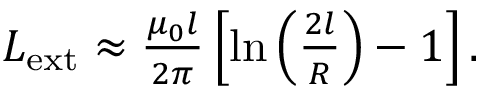
\begin{array} { r } { L _ { \mathrm { e x t } } \approx \frac { \mu _ { 0 } l } { 2 \pi } \left[ \ln \left( \frac { 2 l } { R } \right) - 1 \right] . } \end{array}